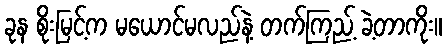
ခုန စိုးမြင့်က မယောင်မလည်နဲ့ တက်ကြည့် ခဲ့တာကိုး။